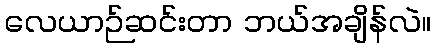
လေယာဉ်ဆင်းတာ ဘယ်အချိန်လဲ။